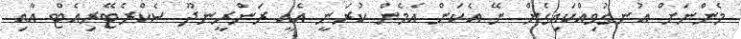
މެންނަށް އުނގުވިއްކައިގެން ނޭ އެކަން އެމެން ކުރަނީ އެއީ ރަންރީނދޫ ސެކްރެޓޭރިއެޓް އާއި